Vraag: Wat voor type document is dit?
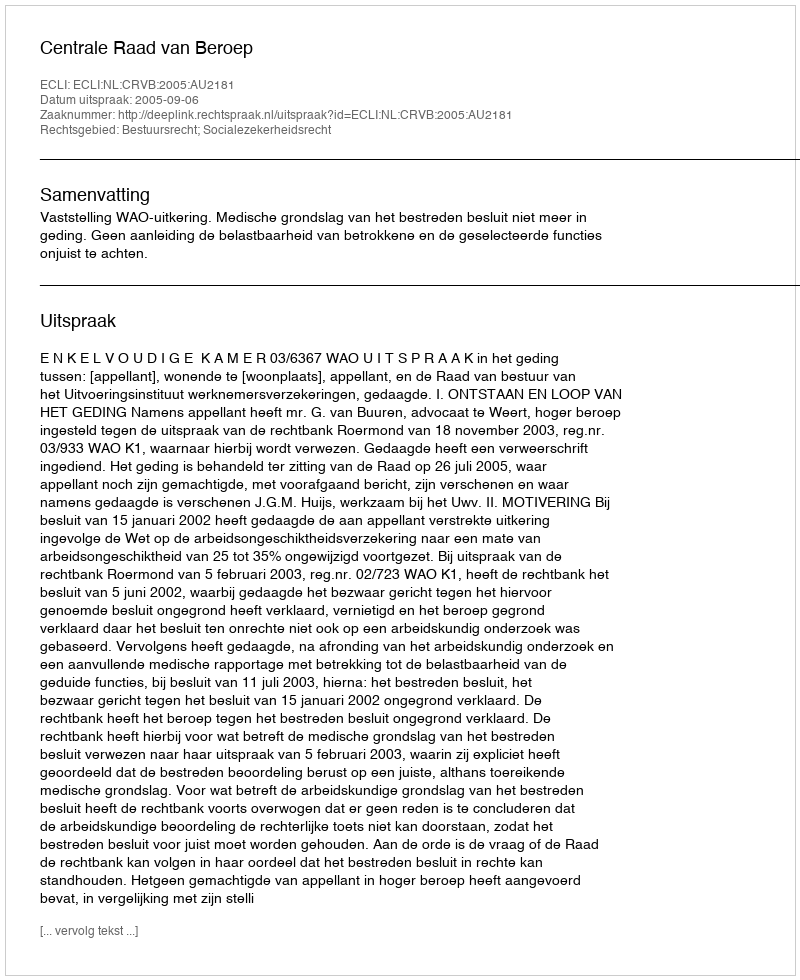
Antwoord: Uitspraak